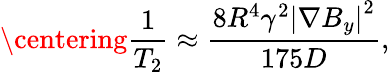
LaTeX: \centering\frac{1}{T_{2}}\approx\frac{8R^{4}\gamma^{2}\left|\nabla B_{y}\right|^{2}}{175D},